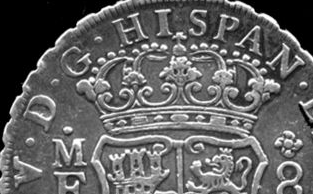
V.D.G.HISPAN